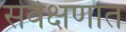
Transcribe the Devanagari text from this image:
सर्वेक्षणांत